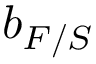
b _ { F / S }